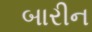
બારીન